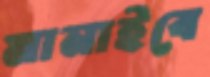
মানাইবে